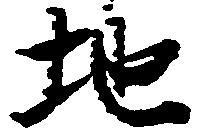
地